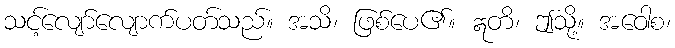
သင့်လျော်လျောက်ပတ်သည်။ အသိ၊ ဖြစ်ပေ၏။ ဣတိ၊ ဤသို့။ အဝေါစ၊